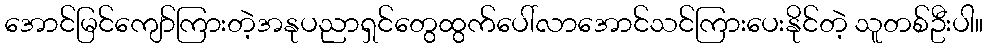
အောင်မြင်ကျော်ကြားတဲ့အနုပညာရှင်တွေထွက်ပေါ်လာအောင်သင်ကြားပေးနိုင်တဲ့ သူတစ်ဦးပါ။